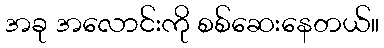
အခု အလောင်းကို စစ်ဆေးနေတယ်။